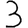
Digit: 3